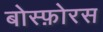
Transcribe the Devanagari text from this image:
बोस्फ़ोरस